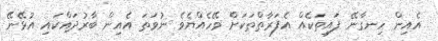
އެއިން ހިނގާނޭ ފައިތަކެއް އެފަރާތްތަކަށް ވޭހެއްޔެވެ ނުވަތަ އެއިން ބާރުދައްކައި އުޅޭނޭ